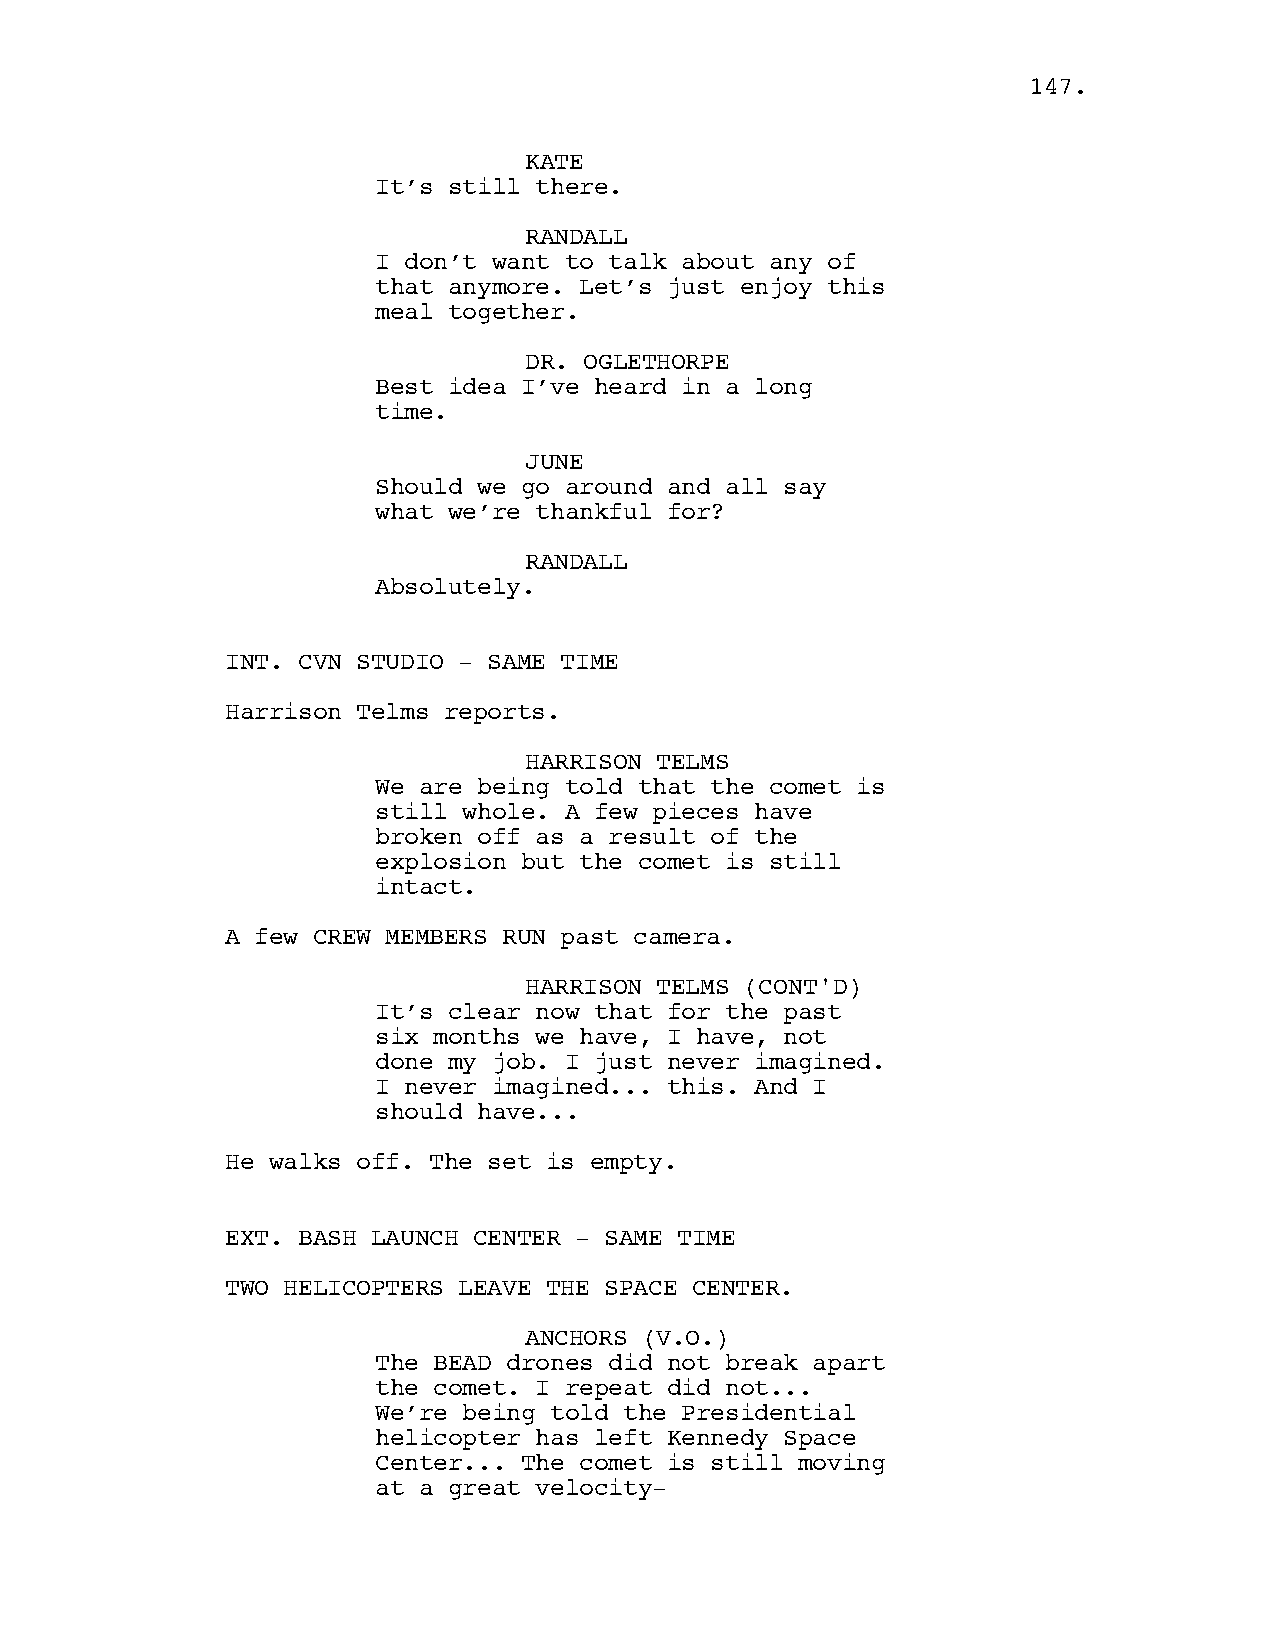
114477..
 KATE
 It’s still there.
 RANDALL
 I don’t want to talk about any of
 that anymore. Let’s just enjoy this
 meal together.
 DR. OGLETHORPE
 Best idea I’ve heard in a long
 time.
 JUNE
 Should we go around and all say
 what we’re thankful for?
 RANDALL
 Absolutely.
 INT. CVN STUDIO - SAME TIME
 Harrison Telms reports.
 HARRISON TELMS
 We are being told that the comet is
 still whole. A few pieces have
 broken off as a result of the
 explosion but the comet is still
 intact.
 A few CREW MEMBERS RUN past camera.
 HARRISON TELMS (CONT'D)
 It’s clear now that for the past
 six months we have, I have, not
 done my job. I just never imagined.
 I never imagined... this. And I
 should have...
 He walks off. The set is empty.
 EXT. BASH LAUNCH CENTER - SAME TIME
 TWO HELICOPTERS LEAVE THE SPACE CENTER.
 ANCHORS (V.O.)
 The BEAD drones did not break apart
 the comet. I repeat did not...
 We’re being told the Presidential
 helicopter has left Kennedy Space
 Center... The comet is still moving
 at a great velocity-